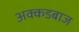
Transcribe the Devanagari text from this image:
अक्कडबाज